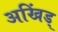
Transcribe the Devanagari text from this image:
अखिंड्